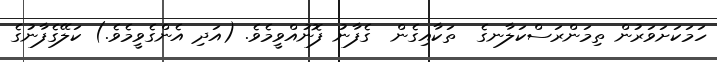
ހަމަކަށަވަރުން ތިމަންރަސްކަލާނގެ  ތަކާއިގެން  ގެފާނު ފޮނުއްވީމެވެ. (އަދި އެންގެވީމެވެ.) ކަލޭގެފާނުގެ